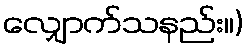
လျှောက်သနည်း။)